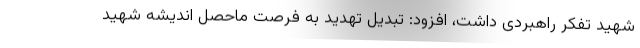
شهید تفکر راهبردی داشت، افزود: تبدیل تهدید به فرصت ماحصل اندیشه شهید